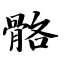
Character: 骼